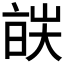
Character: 𬽔